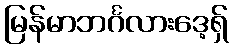
မြန်မာဘင်္ဂလားဒေ့ရှ်